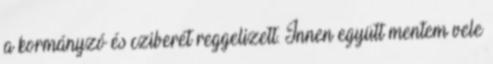
a kormányzó és cziberét reggelizett. Innen együtt mentem vele